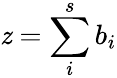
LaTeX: \mathit{z}=\sum_{i}^{s}b_{i}